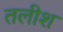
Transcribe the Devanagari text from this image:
तलीश